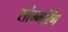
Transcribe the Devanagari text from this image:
सोम्मरिंग